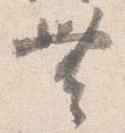
無